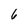
Character: 6